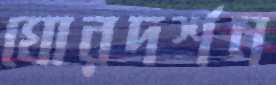
ঘোরদর্শন